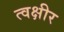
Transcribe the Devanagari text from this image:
त्वक्षीर